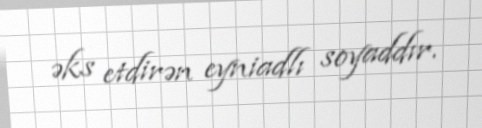
əks etdirən eyniadlı soyaddır.